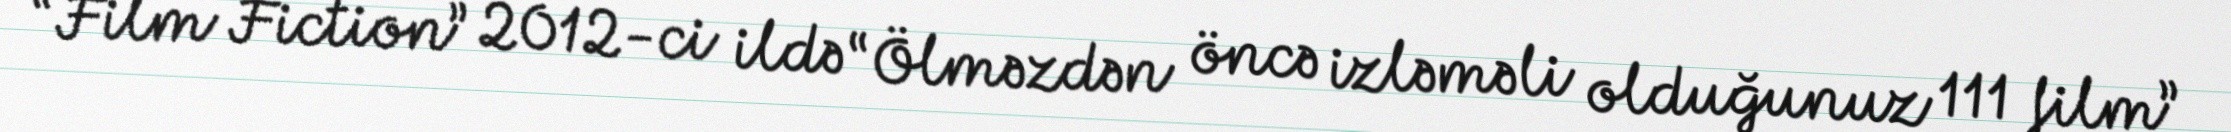
“Film Fiction” 2012-ci ildə “Ölməzdən öncə izləməli olduğunuz 111 film”